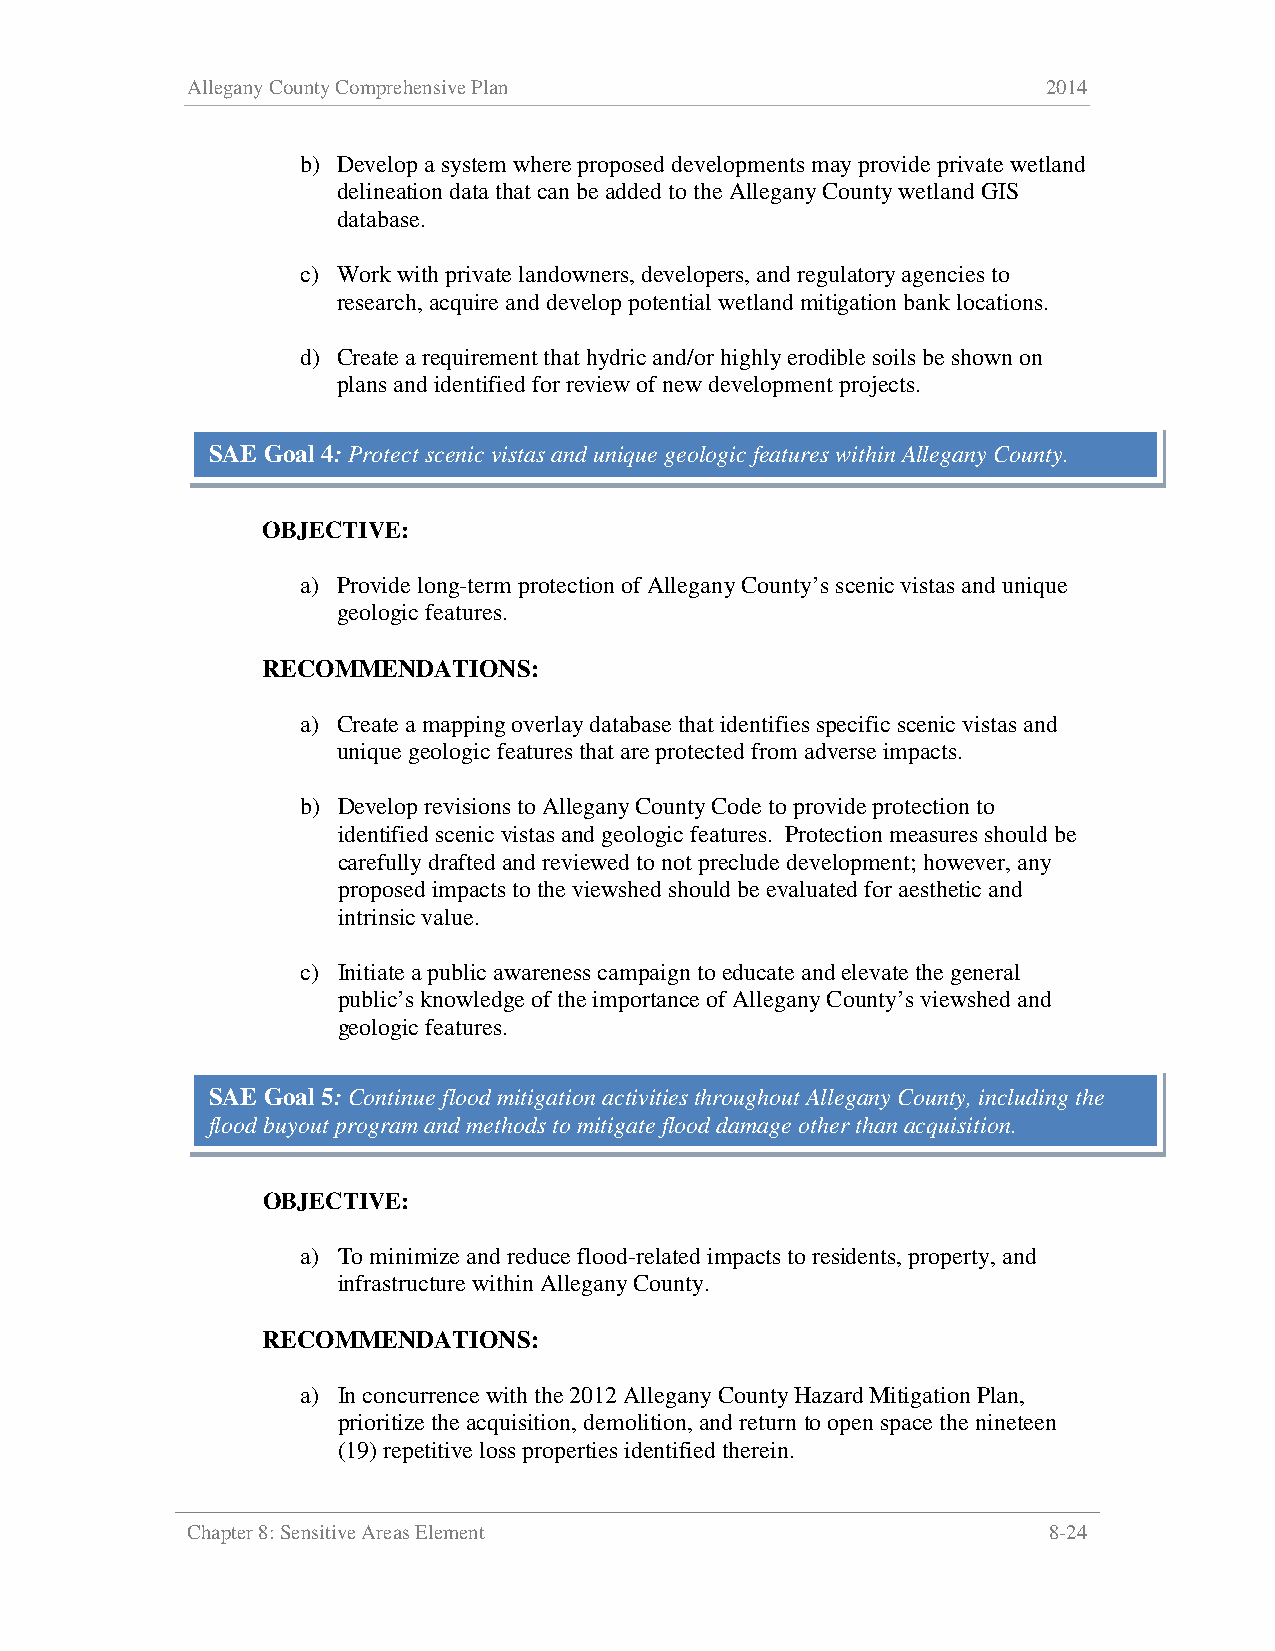
Allegany County Comprehensive Plan                       2014
 b) Develop a system where proposed developments may provide private wetland
 delineation data that can be added to the Allegany County wetland GIS
 database.
 c) Work with private landowners, developers, and regulatory agencies to
 research, acquire and develop potential wetland mitigation bank locations.
 d) Create a requirement that hydric and/or highly erodible soils be shown on
 plans and identified for review of new development projects.
 SAE Goal 4: Protect scenic vistas and unique geologic features within Allegany County.
 OBJECTIVE:
 a) Provide long-term protection of Allegany County’s scenic vistas and unique
 geologic features.
 RECOMMENDATIONS:
 a) Create a mapping overlay database that identifies specific scenic vistas and
 unique geologic features that are protected from adverse impacts.
 b) Develop revisions to Allegany County Code to provide protection to
 identified scenic vistas and geologic features. Protection measures should be
 carefully drafted and reviewed to not preclude development; however, any
 proposed impacts to the viewshed should be evaluated for aesthetic and
 intrinsic value.
 c) Initiate a public awareness campaign to educate and elevate the general
 public’s knowledge of the importance of Allegany County’s viewshed and
 geologic features.
 SAE Goal 5: Continue flood mitigation activities throughout Allegany County, including the
 flood buyout program and methods to mitigate flood damage other than acquisition.
 OBJECTIVE:
 a) To minimize and reduce flood-related impacts to residents, property, and
 infrastructure within Allegany County.
 RECOMMENDATIONS:
 a) In concurrence with the 2012 Allegany County Hazard Mitigation Plan,
 prioritize the acquisition, demolition, and return to open space the nineteen
 (19) repetitive loss properties identified therein.
 Chapter 8: Sensitive Areas Element                       8-24